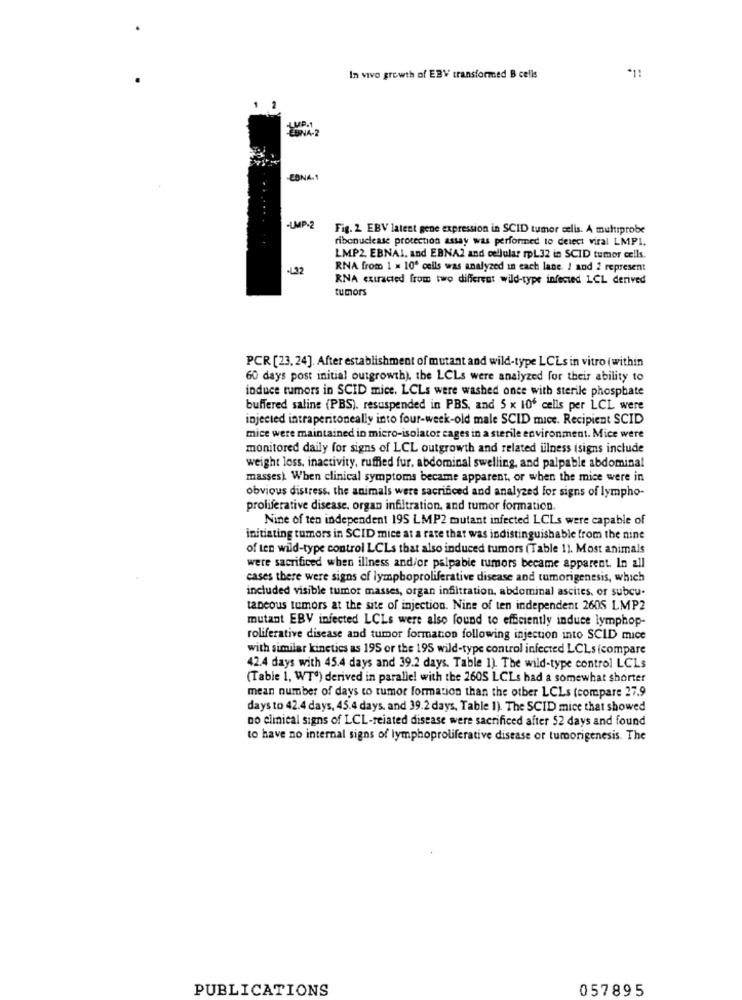
In vivo growth of EBV transformed B cells
1 2
LUNA-2
LUP.1
-EBNA-1
-UMP-2
Fig. 2 EBV latent gene expression in SCID tumor celis. A multiprobe
ribonuclease protection assay was performed to detect viral LMP1.
LMP2, EBNAI, and EBNA2 and cellular rpL 32 in SCID tumor cells.
.L32
RNA from 1 = 10" cells was analyzed in each lane. 1 and 2 represent
RNA extracted from two different wild-type infected LCL derived
tumors
PCR [23, 24]. After establishment of mutant and wild-type LCLs in vitro (within
60 days post initial outgrowth). the LCLs were analyzed for their ability to
induce tumors in SCID mice. LCLs were washed once with sterile phosphate
buffered saline (PBS). resuspended in PBS, and 5 x 106 cells per LCL were
injected intraperitoneally into four-week-old male SCID mice. Recipient SCID
mice were maintained in micro-isolator cages in a sterile environment. Mice were
monitored daily for signs of LCL outgrowth and related illness (signs include
weight loss, inactivity, ruffled fur, abdominal swelling, and palpable abdominal
masses) When clinical symptoms became apparent, or when the mice were in
obvious distress, the animals were sacrificed and analyzed For signs of lympho-
proliferative disease, organ infiltration, and tumor formation
Nine of ten independent 195 LMP2 mutant infected LCLs were capable of
initiating tumors in SCID mice at a rate that was indistinguishable from the nine
of ten wild-type control LCLs that also induced tumors (Table 1). Most animals
were sacrificed when illness and/or palpable tumors became apparent. In all
cases there were signs of lymphoproliferative disease and tumorigenesis, which
included visible tumor masses, organ infiltration, abdominal ascites, or subcu-
taneous tumors at the site of injection. Nine of ten independent 2605 LMP2
mutant EBV infected LCLs were also found to efficiently induce lymphop-
roliferative disease and tumor formanon following injection into SCID mice
with similar kinetics as 195 or the 195 wild-type control infected LCLs (compare
42.4 days with 45.4 days and 39.2 days. Table 1). The wild-type control LCLs
(Table 1, WT') derived in parallel with the 260S LCLs had a somewhat shorter
mean number of days to tumor formation than the other LCLs (compare 27.9
days to 42.4 days, 45.4 days, and 39.2 days, Table 1). The SCID mice that showed
no clinical signs of LCL-related disease were sacrificed after 52 days and found
to have no internal signs of lymphoproliferative disease or tumorigenesis. The
PUBLICATIONS
057895